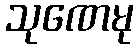
သုဏေမု